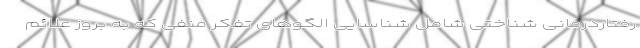
رفتاردرمانی شناختی شامل شناسایی الگوهای تفکر منفی که به بروز علائم